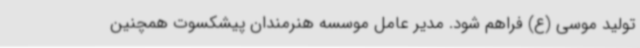
تولید موسی (ع) فراهم شود. مدیر عامل موسسه هنرمندان پیشکسوت همچنین